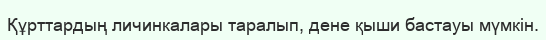
Құрттардың личинкалары таралып, дене қыши бастауы мүмкін.